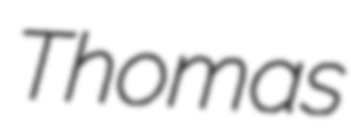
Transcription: Thomas